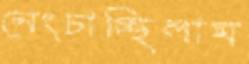
নেংচাচ্ছিলাম